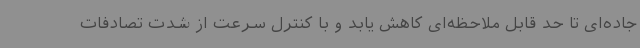
جاده‌ای تا حد قابل ملاحظه‌ای کاهش یابد و با کنترل سرعت از شدت تصادفات